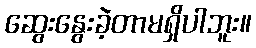
ဆွေးနွေးခဲ့တာမရှိပါဘူး။